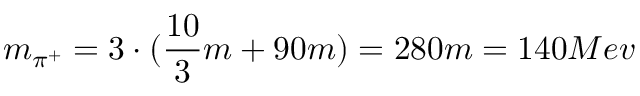
m _ { \pi ^ { + } } = 3 \cdot ( \frac { 1 0 } { 3 } m + 9 0 m ) = 2 8 0 m = 1 4 0 M e v